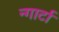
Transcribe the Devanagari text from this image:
न्गार्टा